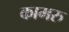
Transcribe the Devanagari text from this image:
कामरु